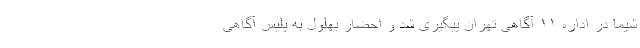
شیما در اداره ۱۱ آگاهی تهران پیگیری شد و احضار بهلول به پلیس آگاهی